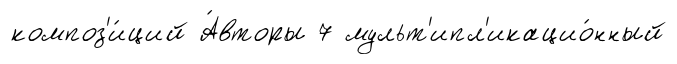
композ'и́ций А́вторы 7 мульт'ипл'икацио́нный